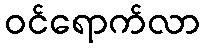
ဝင်ရောက်လာ